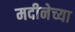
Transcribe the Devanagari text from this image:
मदीनेच्या